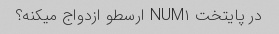
در پایتخت NUM۱ ارسطو ازدواج میکنه؟